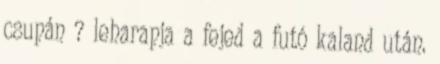
csupán ? leharapja a fejed a futó kaland után.